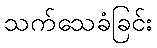
သက်သေခံခြင်း